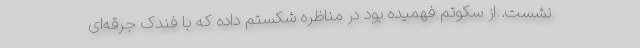
نشست. از سکوتم فهمیده بود در مناظره شکستم داده که با فندک جرقه‌ای